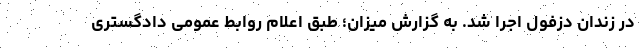
در زندان دزفول اجرا شد. به گزارش میزان؛ طبق اعلام روابط عمومی دادگستری